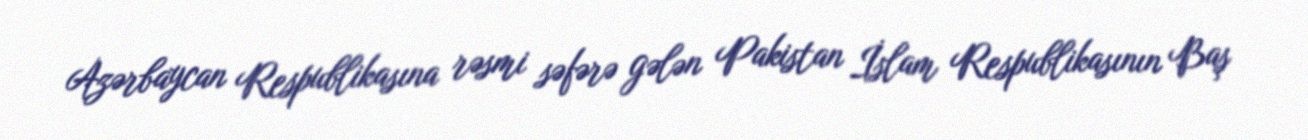
Azərbaycan Respublikasına rəsmi səfərə gələn Pakistan İslam Respublikasının Baş